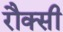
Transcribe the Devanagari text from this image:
रौक्सी